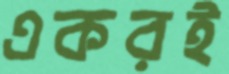
একরই